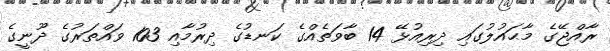
ރާއްޖޭގެ މާޙައުލުގައި ދިރިއުޅޭ 14 ބާވަތެއްގެ ކަނޑުގެ ދިރުމާއި 103 ވައްތަރުގެ ދޫނީގެ